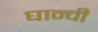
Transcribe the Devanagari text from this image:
घान्ची